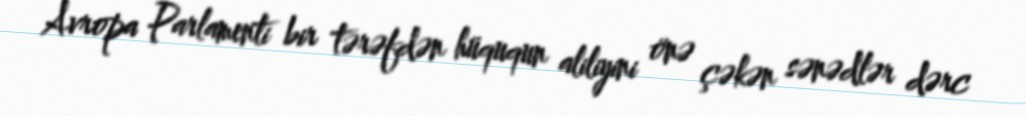
Avropa Parlamenti bir tərəfdən hüququn aliliyini önə çəkən sənədlər dərc